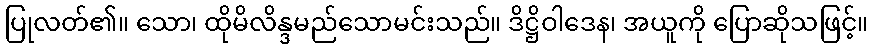
ပြုလတ်၏။ သော၊ ထိုမိလိန္ဒမည်သောမင်းသည်။ ဒိဋ္ဌိဝါဒေန၊ အယူကို ပြောဆိုသဖြင့်။